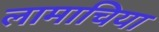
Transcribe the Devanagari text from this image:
लामाचिया